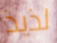
لذيذ